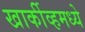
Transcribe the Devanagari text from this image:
खार्कीव्हमध्ये